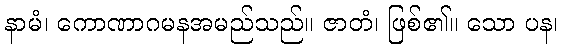
နာမံ၊ ကောဏာဂမနအမည်သည်။ ဇာတံ၊ ဖြစ်၏။ သော ပန၊